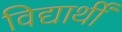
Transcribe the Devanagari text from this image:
विद्यार्थीं